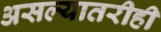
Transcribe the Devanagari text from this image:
असल्यातरीही